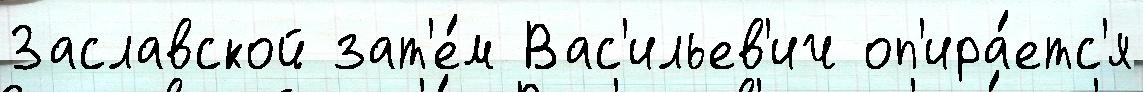
Заславской зат'е́м Вас'ильев'ич оп'ира́етс'я